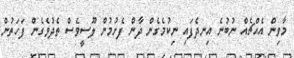
މާވިން އެއްޗެއް ނުބުނެ އިނދެފައި ނިކުމެގެން ދާން ފެށުމުން ލޫސީވެސް ތެދުވެގެން ފަހަތުން